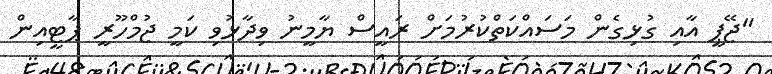
"ޖޭޕީ އާއި ގުޅިގެން މަސައްކަތްކުރުމަށް ރައީސް ޔާމީނު ވިދާޅުވި ކަމީ ޖުމްހޫރީ ޕާޓީއިން